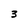
Character: 3